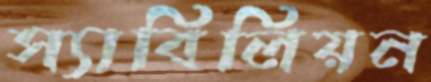
স্যাবিলিয়ন